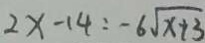
2 x - 1 4 : - 6 \sqrt { x + 3 }